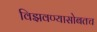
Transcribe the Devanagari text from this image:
विझवण्यासोबतच